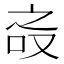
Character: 𰇝